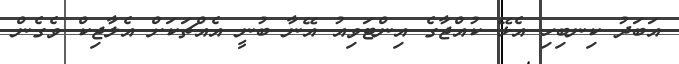
އަބަދު ކިނބިހި އެޅޭ ކުއްޖާގެ އިންޓަވިއު އޭނާ ބުނީ އެއްޗަކަށް އެލާޖިކް ވެގެން